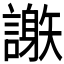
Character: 𧬄